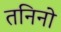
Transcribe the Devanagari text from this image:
तनिनो